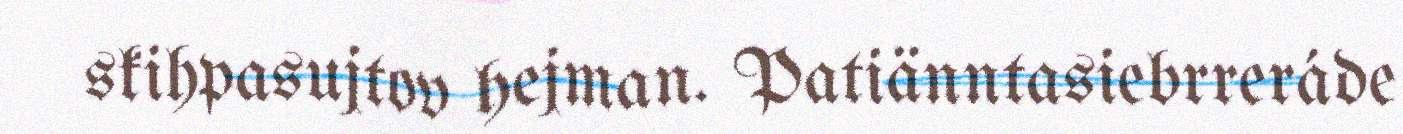
skihpasujtov hejman. Patiänntasiebrreráde